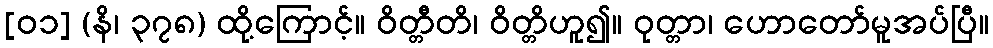
[၀၁] (နိ၊ ၃၇၈) ထို့ကြောင့်။ ဝိတ္တီတိ၊ ဝိတ္တိဟူ၍။ ဝုတ္တာ၊ ဟောတော်မူအပ်ပြီ။